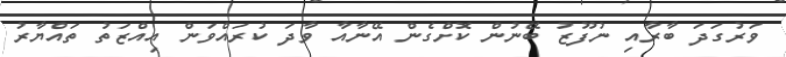
ވަރުގަދަ ބާރާއި ނުފޫޒު ބޭނުން ކޮށްގެން އޭނާއާ ވާދަ ކުރައްވަން އިއްޒަތު ތައްޔާރު